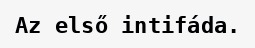
Az első intifáda.